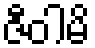
ဇီဝါမိ